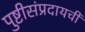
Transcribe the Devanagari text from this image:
पुष्टीसंप्रदायची